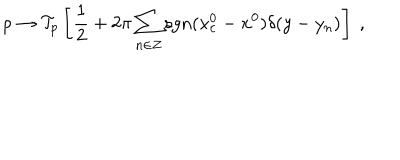
LaTeX: \rho \to { \cal T } _ { p } \left[ { \frac { 1 } { 2 } } + 2 \pi \sum _ { n \in Z } \mathrm { s g n } ( x _ { c } ^ { 0 } - x ^ { 0 } ) \delta ( y - y _ { n } ) \right] ~ ,